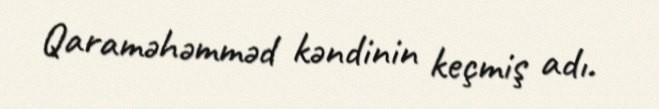
Qaraməhəmməd kəndinin keçmiş adı.